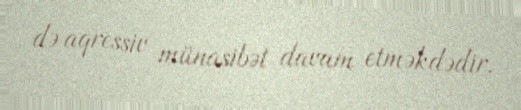
də aqressiv münasibət davam etməkdədir.